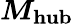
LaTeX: \boldsymbol{M_{\mathrm{hub}}}